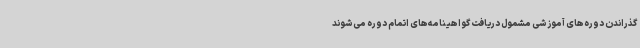
گذراندن دوره‌های آموزشی مشمول دریافت گواهینامه‌های اتمام دوره‌ می‌شوند